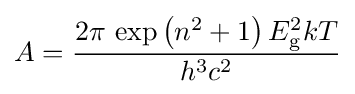
A={\frac {2\pi \,\exp \left(n^{2}+1\right)E_{\text{g}}^{2}kT}{h^{3}c^{2}}}